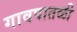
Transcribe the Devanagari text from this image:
गावपातळी